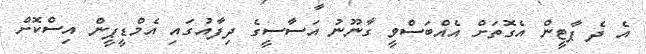
އެ ދެ ޕާޓީން އެގޮތަށް އެއްބަސްވީ ގާނޫނު އަސާސީގެ ދިފާއުގައި އެމްޑީޕީން އިސްކޮށް